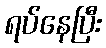
ရပ်နေပြီး